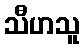
သီဟသူ